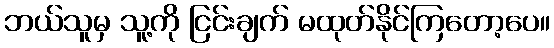
ဘယ်သူမှ သူ့ကို ငြင်းချက် မထုတ်နိုင်ကြတော့ပေ။